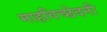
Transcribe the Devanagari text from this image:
माहविच्छेदनी